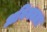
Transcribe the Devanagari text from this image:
अनियतता